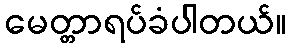
မေတ္တာရပ်ခံပါတယ်။